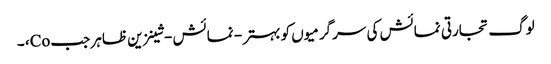
لوگ تجارتی نمائش کی سرگرمیوں کو بہتر - نمائش - شینزین ظاہر جب Co، ۔